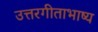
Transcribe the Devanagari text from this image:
उत्तरगीताभाष्य